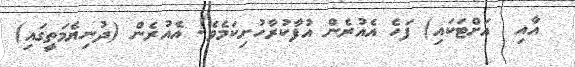
އާއި  އަށްޓަކައި) ފަހެ އެއުރެން އުފާކުރާހުށިކަމެވެ! އެއުރެން (ދުނިޔެމަތީގައި)